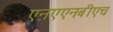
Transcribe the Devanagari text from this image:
एऩएएनबीएच